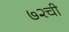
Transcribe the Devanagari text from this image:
७२ची